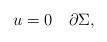
LaTeX: \begin{align*}u=0\quad\partial \Sigma,\end{align*}